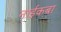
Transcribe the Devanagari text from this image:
नाईकबा